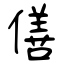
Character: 僐